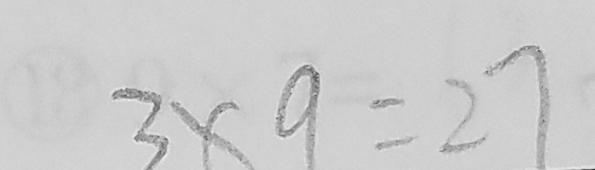
3 \times 9 = 2 7